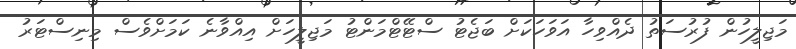
މަޖިލީހުން ފުރުސަތު ދެއްވިހާ އަވަހަކަށް ބަޖެޓު ސްޓޭޓްމަންޓު މަޖިލީހަށް އިއްވާނެ ކަމަށްވެސް މިނިސްޓަރު